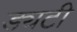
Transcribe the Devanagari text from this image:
ड्यटी